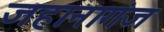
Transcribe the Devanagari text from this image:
जहानागंज